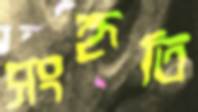
সংহৃতি